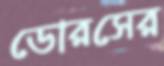
ডোরসের